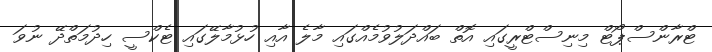
ޓްރާންސްޕޯޓް މިނިސްޓްރީގައި އޮތް ބައްދަލުވުމެއްގައި މާލެ އާއި ހުޅުމާލޭގައި ޓެކްސީ ހިދުމަތްދޭ ނުވަ